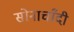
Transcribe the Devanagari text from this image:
सोनाचाँदी